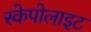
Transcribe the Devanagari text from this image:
स्केपोलाइट